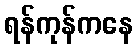
ရန်ကုန်ကနေ